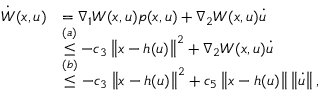
\begin{array} { r l } { \dot { W } ( x , u ) } & { = \nabla _ { 1 } W ( x , u ) p ( x , u ) + \nabla _ { 2 } W ( x , u ) \dot { u } } \\ & { \stackrel { ( a ) } { \leq } - c _ { 3 } \left\| x - h ( u ) \right\| ^ { 2 } + \nabla _ { 2 } W ( x , u ) \dot { u } } \\ & { \stackrel { ( b ) } { \leq } - c _ { 3 } \left\| x - h ( u ) \right\| ^ { 2 } + c _ { 5 } \left\| x - h ( u ) \right\| \left\| \dot { u } \right\| , } \end{array}